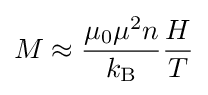
M\approx {\frac {\mu _{0}\mu ^{2}n}{k_{\rm {B}}}}{\frac {H}{T}}